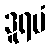
ဒူရမံ